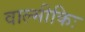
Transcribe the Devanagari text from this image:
वाल्मीकिः